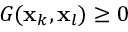
G ( \mathbf { x } _ { k } , \mathbf { x } _ { l } ) \ge 0